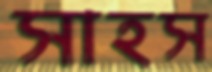
সাহস